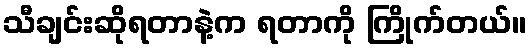
သီချင်းဆိုရတာနဲ့က ရတာကို ကြိုက်တယ်။